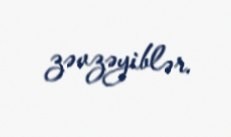
zəvzəyiblər.